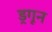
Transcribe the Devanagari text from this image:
ड्रगून